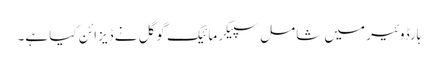
ہارڈوئیر میں شامل سپیکر مائیک گوگل نے ڈیزائن کیا ہے۔